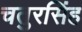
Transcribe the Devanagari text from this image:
चतुरसिंह